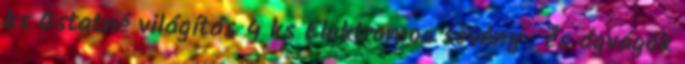
ks Ostatné világítás 4 ks Elektromos sövény- és ágvágók